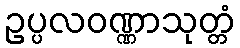
ဥပ္ပလဝဏ္ဏာသုတ္တံ